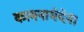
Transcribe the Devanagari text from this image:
कामनाभेदेन।